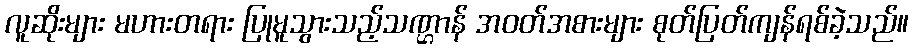
လူဆိုးများ မဟားတရား ပြုမူသွားသည့်သဏ္ဌာန် အဝတ်အစားများ စုတ်ပြတ်ကျန်ရစ်ခဲ့သည်။